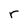
Character: r